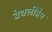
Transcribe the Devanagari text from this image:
बेथलीहेम